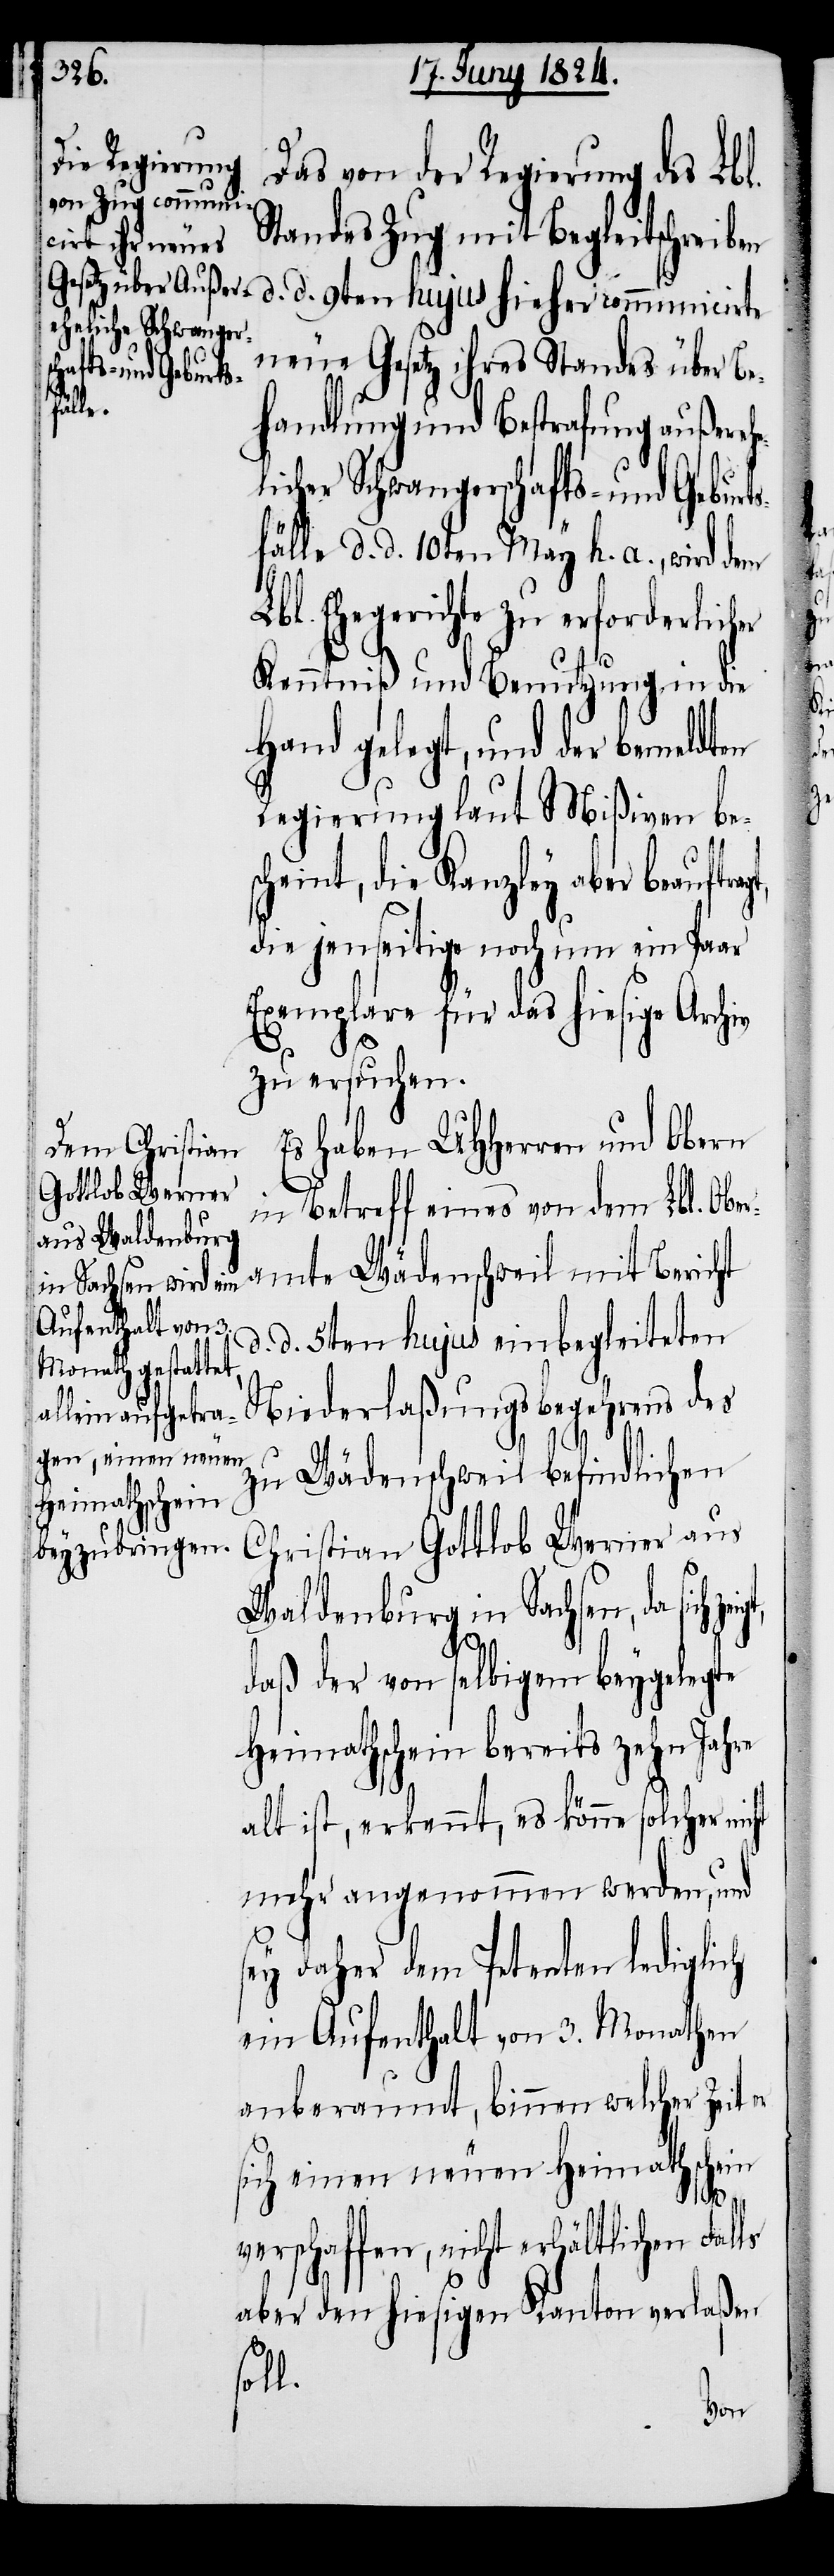
L¬
Das von der Regierung des Lbl.
Standes Zug mit Begleitschreiben
d. d. 9ten hujus hieher communicirte
neue Gesetz ihres Standes über Be¬
handlung und Bestrafung außereh¬
licher Schwangerschafts- und Geburt¬
sfälle d. d. 10ten May h. a., wird dem
bl. Ehegerichte zu erforderlich¬
Kenntniß und Benutzung in die
Hand gelegt, und der bemeldten
Regierung laut Mißiven be¬
scheint, die Kanzley aber beauftra¬
die jenseitige noch um ein Paar
Exemplare für das hiesige Archiv
zu ersuchen.
Es haben UHHerren und Obern
in Betreff eines von dem Lbl. Ober¬
amte Wädenschweil mit Bericht
d. 5ten hujus einbegleiteten
Niederlaßungsbegehrens des
d.
zu Wädenschweil befindlichen
Christian Gottlob Werner aus
Waldenburg in Sachsen, da sich
daß der von selbigem beygelegte
Heimathschein bereits zehn Jahre
alt ist, erkennt, es könne solcher
mehr angenommen werden, und
sey daher dem Petenten lediglich
ein Aufenthalt von 3. Monathen
anberaumt, binnen welcher Zeit
sich einen neuen Heimathschein
verschaffen, nicht erhältlichen Falls
aber den hiesigen Kanton verlaßen
soll.